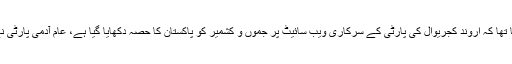
27 مارچ (سیاست ڈاٹ کام) بی جے پی وزارت عظمی امیدوار نریندر مودی کی جانب سے کل یہ کہا گیا تھا کہ اروند کجریوال کی پارٹی کے سرکاری ویب سائیٹ پر جموں و کشمیر کو پاکستان کا حصہ دکھایا گیا ہے، عام آدمی پارٹی نے جوابی وار کرتے ہوئے بی جے پی کی ویب سائیٹ پر کشمیر کو ’’متنازعہ اراضی‘‘ ظاہر کیا گیا ہے۔